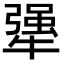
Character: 犟